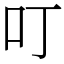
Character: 叮